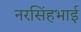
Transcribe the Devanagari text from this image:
नरसिंहभाई